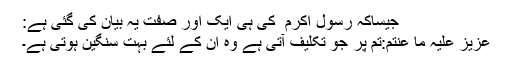
جیساکہ رسول اکرم ۖ کی ہی ایک اور صفت یہ بیان کی گئی ہے:
عزیز علیہ ما عنتم:تم پر جو تکلیف آتی ہے وہ ان کے لئے بہت سنگین ہوتی ہے۔